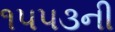
૧૫૫૩ની